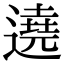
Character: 遶